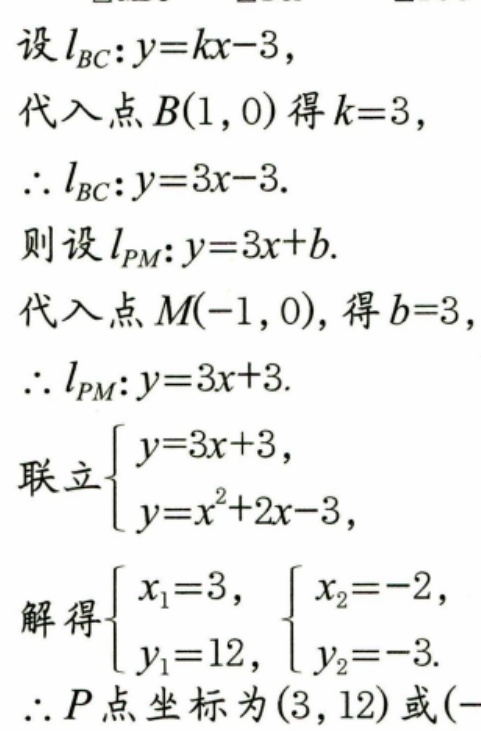
设\(l_{BC}:y = kx - 3\)，
代入点\(B(1,0)\)得\(k = 3\)，
\(\therefore l_{BC}:y = 3x - 3\).
则设\(l_{PM}:y = 3x + b\).
代入点\(M(-1,0)\)，得\(b = 3\)，
\(\therefore l_{PM}:y = 3x + 3\).
联立\(\begin{cases}y = 3x + 3,\\y = x^{2}+2x - 3,\end{cases}\)
解得\(\begin{cases}x_{1}=3,\\y_{1}=12,\end{cases}\)\(\begin{cases}x_{2}=-2,\\y_{2}=-3.\end{cases}\)
\(\therefore P\)点坐标为\((3,12)\)或\((- \)